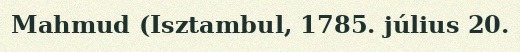
Mahmud (Isztambul, 1785. július 20.